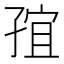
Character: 𭓍